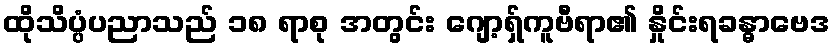
ထိုသိပ္ပံပညာသည် ၁၈ ရာစု အတွင်း ဂျော့ရှ်ကူဗီရာ၏ နှိုင်းရခန္ဓာဗေဒ